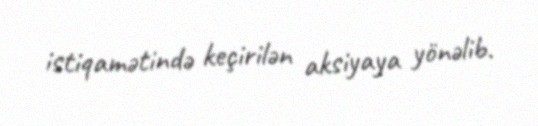
istiqamətində keçirilən aksiyaya yönəlib.